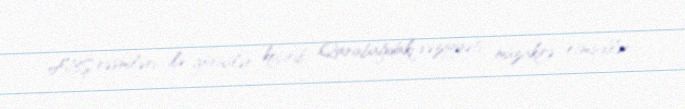
ABŞ rəsmiləri ilə görüşlər keçirib, Qarabağdakı vəziyyəti müzakirə etmişdilər.